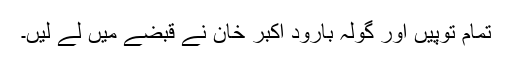
تمام توپیں اور گولہ بارود اکبر خان نے قبضے میں لے لیں۔